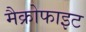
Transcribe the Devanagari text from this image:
मैक्रोफाइट